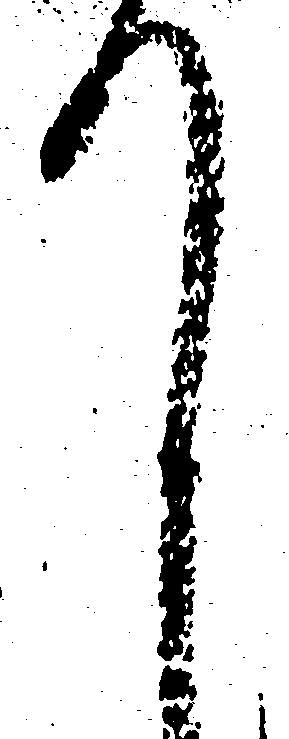
て